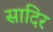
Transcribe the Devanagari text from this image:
सादिर